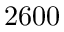
2 6 0 0